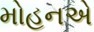
મોહનએ